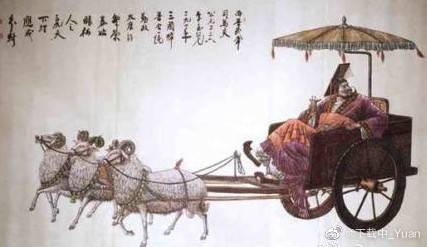
勤苦守恒业，始有数月粮。